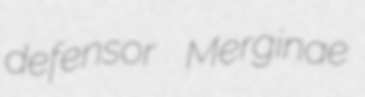
defensor Merginae